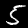
Digit: 5